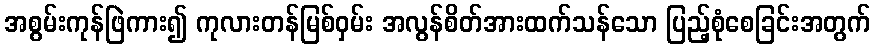
အစွမ်းကုန်ဖြဲကား၍ ကုလားတန်မြစ်ဝှမ်း အလွန်စိတ်အားထက်သန်သော ပြည့်စုံစေခြင်းအတွက်